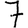
Digit: 7